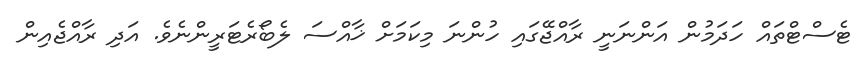
ޓެސްޓްތައް ހަދަމުން އަންނަނީ ރާއްޖޭގައި ހުންނަ މިކަމަށް ޚާއްސަ ލެބޯރެޓަރީންނެވެ. އަދި ރާއްޖެއިން